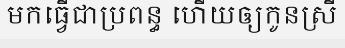
មកធ្វើជាប្រពន្ធ ហើយឲ្យកូនស្រី